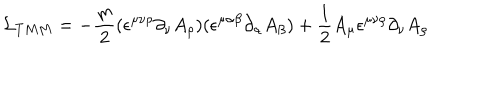
{ \cal L } _ { T M M } = - { \frac { m } { 2 } } ( \epsilon ^ { \mu \nu \rho } \partial _ { \nu } A _ { \rho } ) ( \epsilon ^ { \mu \alpha \beta } \partial _ { \alpha } A _ { \beta } ) + { \frac { 1 } { 2 } } A _ { \mu } \epsilon ^ { \mu \nu \rho } \partial _ { \nu } A _ { \rho }